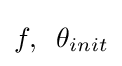
f,\;\;\theta _{init}